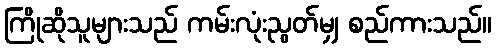
ကြိုဆိုသူများသည် ကမ်းလုံးညွတ်မျှ စည်ကားသည်။